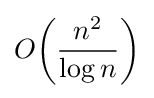
O{\mathord {\left({\frac {n^{2}}{\log n}}\right)}}